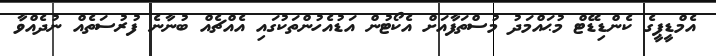
އެމްޑީޕީގެ ކެންޑިޑޭޓް މުޙައްމަދު މުސްތަފާއަށް އެކޯޓުން އަޑުއެހުންތަކުގައި އެއްޗެއް ބުނާނެ ފުރުސަތެއް ނުދެއްވާ